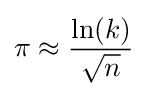
\pi \approx {\frac {\ln(k)}{\sqrt {n}}}